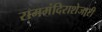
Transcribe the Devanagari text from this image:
राममंदिराशेजारी